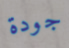
جودة